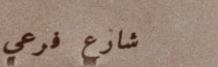
شارع فرعي